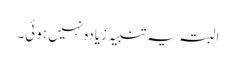
البتہ یہ تنبیہ زیادہ نہیں ہوئی۔